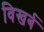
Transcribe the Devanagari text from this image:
विखर्ब